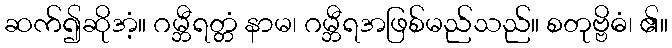
ဆက်၍ဆိုအံ့။ ဂမ္ဘီရတ္တံ နာမ၊ ဂမ္ဘီရအဖြစ်မည်သည်။ စတုဗ္ဗိဓံ၊ ၏။